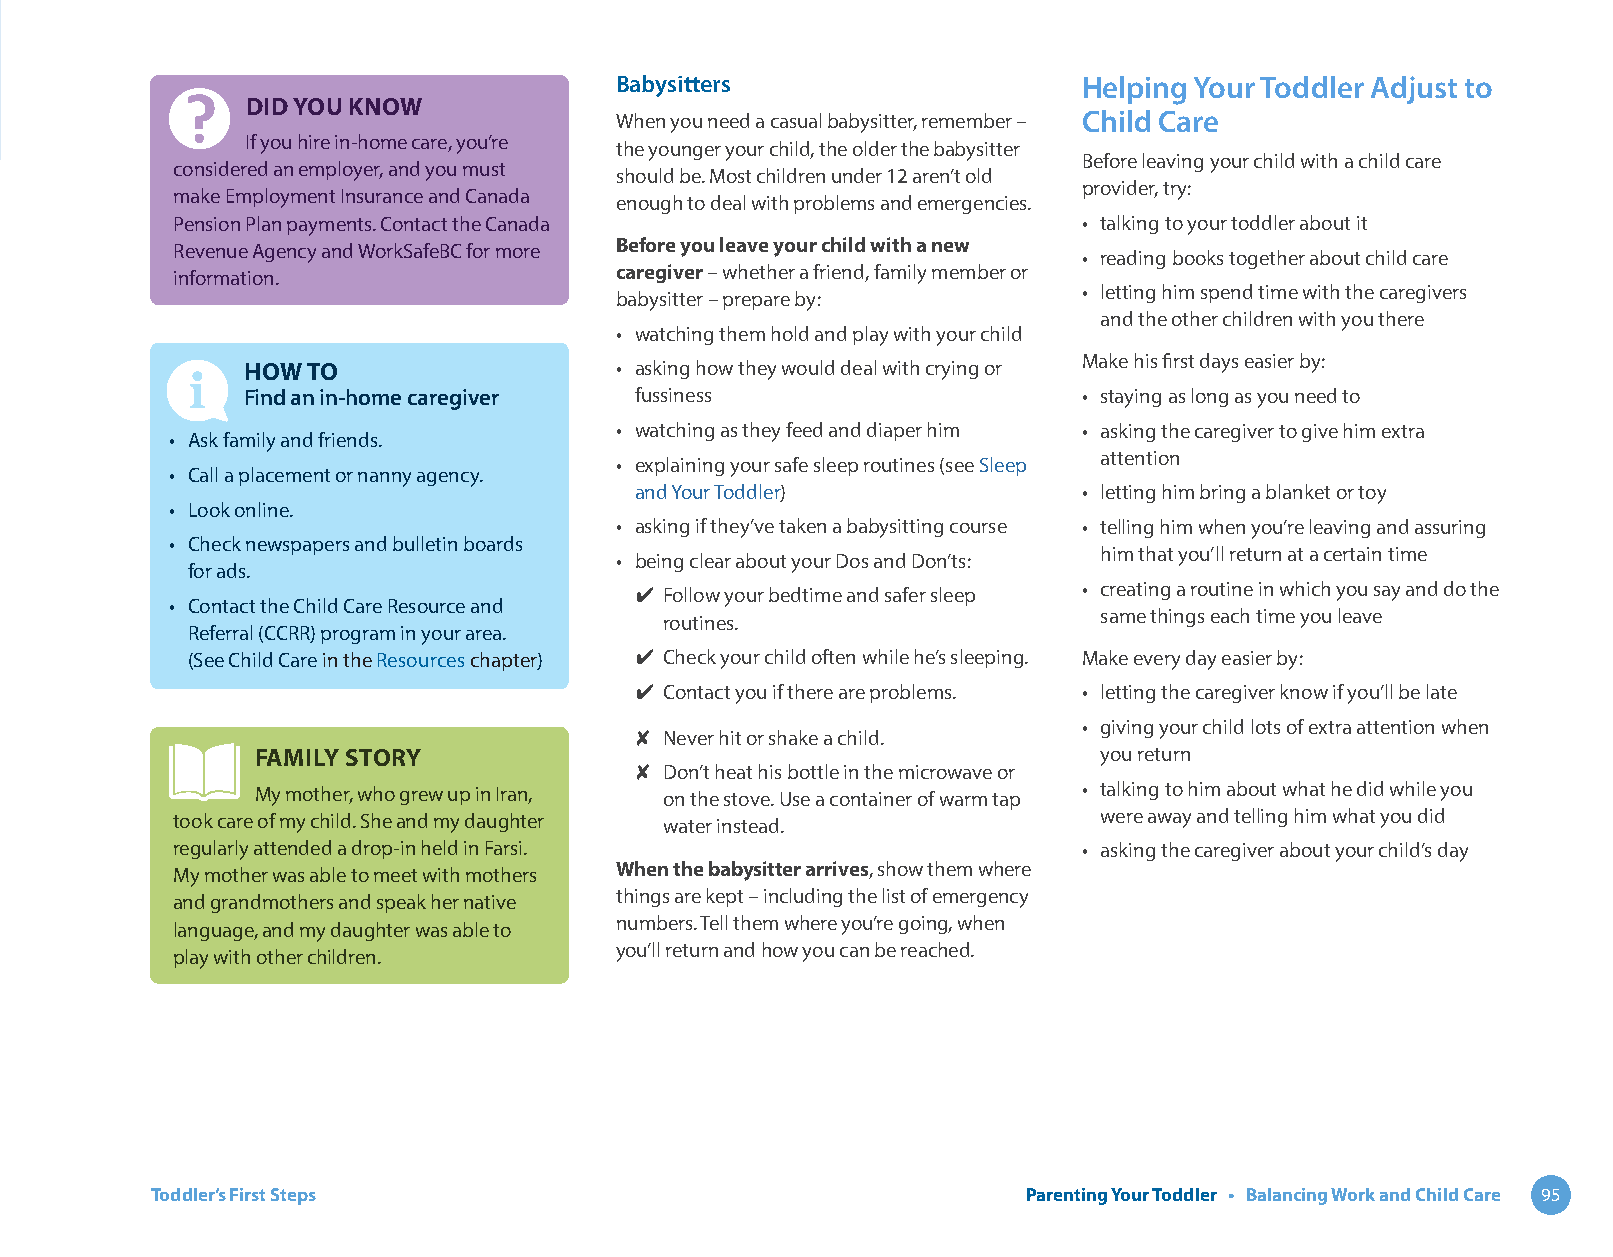
Babysitters                    Helping Your Toddler Adjust to
 DID YOU KNOW
 When you need a casual babysitter, remember – Child Care
 If you hire in-home care, you’re
 the younger your child, the older the babysitter
 Before leaving your child with a child care
 considered an employer, and you must
 should be. Most children under 12 aren’t old
 provider, try:
 make Employment Insurance and Canada
 enough to deal with problems and emergencies.
 Pension Plan payments. Contact the Canada                    • talking to your toddler about it
 Revenue Agency and WorkSafeBC for more Before you leave your child with a new
 • reading books together about child care
 information.                  caregiver – whether a friend, family member or
 • letting him spend time with the caregivers
 babysitter – prepare by:
 and the other children with you there
 • watching them hold and play with your child
 Make his first days easier by:
 HOW TO                   • asking how they would deal with crying or
 Find an in-home caregiver fussiness                     • staying as long as you need to
 • watching as they feed and diaper him • asking the caregiver to give him extra
 • Ask family and friends.
 attention
 • explaining your safe sleep routines (see Sleep
 • Call a placement or nanny agency.
 and Your Toddler)             • letting him bring a blanket or toy
 • Look online.
 • asking if they’ve taken a babysitting course • telling him when you’re leaving and assuring
 • Check newspapers and bulletin boards
 him that you’ll return at a certain time
 • being clear about your Dos and Don’ts:
 for ads.
 ✔ Follow your bedtime and safer sleep • creating a routine in which you say and do the
 • Contact the Child Care Resource and
 same things each time you leave
 routines.
 Referral (CCRR) program in your area.
 (See Child Care in the Resources chapter) ✔ Check your child often while he’s sleeping. Make every day easier by:
 ✔ Contact you if there are problems. • letting the caregiver know if you’ll be late
 • giving your child lots of extra attention when
 ✘ Never hit or shake a child.
 FAMILY STORY                                            you return
 ✘ Don’t heat his bottle in the microwave or
 My mother, who grew up in Iran, on the stove. Use a container of warm tap • talking to him about what he did while you
 took care of my child. She and my daughter water instead.     were away and telling him what you did
 regularly attended a drop-in held in Farsi.                  • asking the caregiver about your child’s day
 When the babysitter arrives, show them where
 My mother was able to meet with mothers
 things are kept – including the list of emergency
 and grandmothers and speak her native
 numbers. Tell them where you’re going, when
 language, and my daughter was able to
 you’ll return and how you can be reached.
 play with other children.
 Toddler’s First Steps                                     Parenting Your Toddler • Balancing Work and Child Care 95